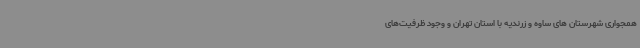
همجواری شهرستان های ساوه و زرندیه با استان تهران و وجود ظرفیت‌های